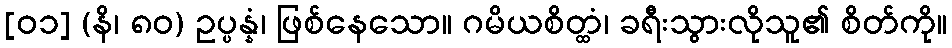
[၀၁] (နိ၊ ၈၀) ဥပ္ပန္နံ၊ ဖြစ်နေသော။ ဂမိယစိတ္ထံ၊ ခရီးသွားလိုသူ၏ စိတ်ကို။